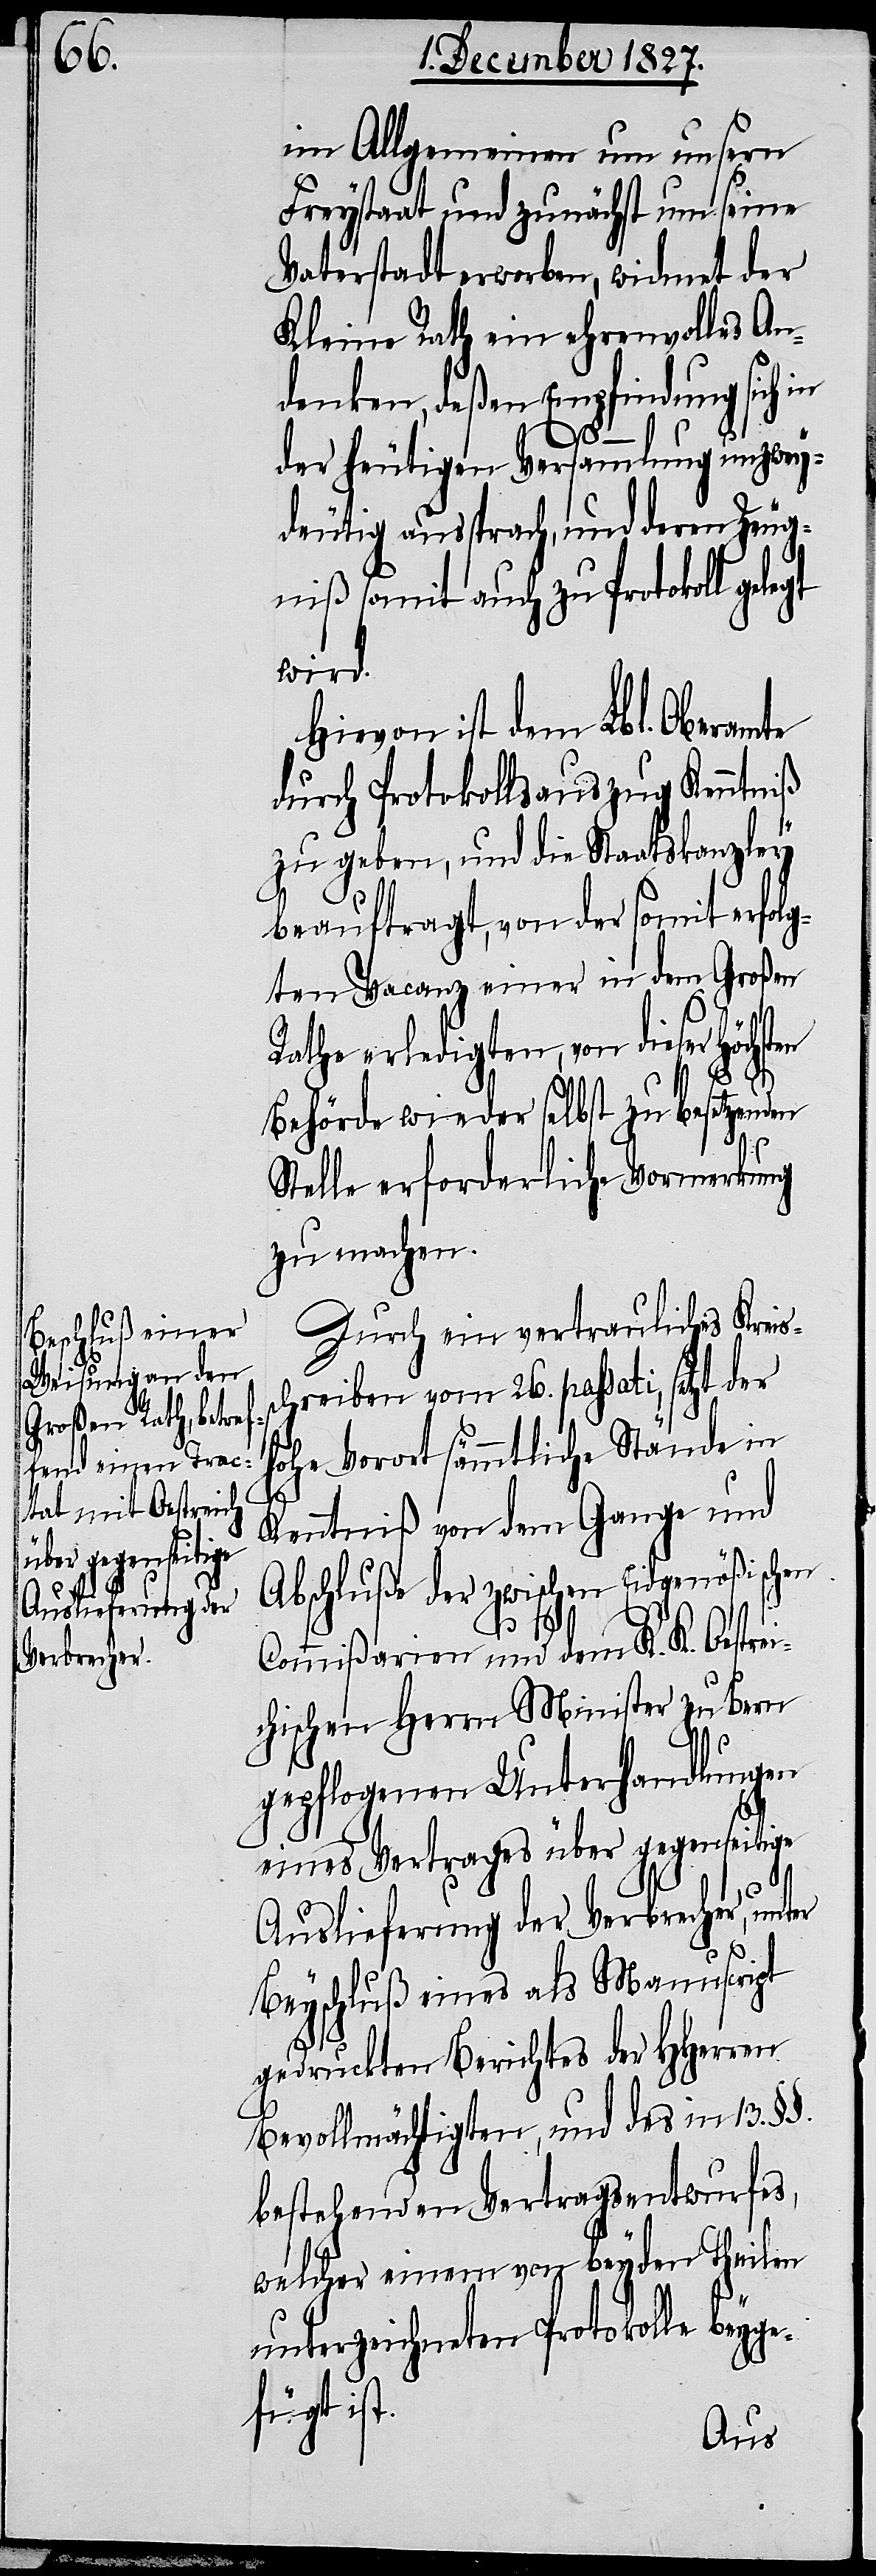
Auslieferung der
Verbrecher,

im Allgemeinen um unsern
Freystaat und zunächst um seine
Vaterstadt erworben, widmet der
Kleine Rath ein ehrenvolles An¬
denken, deßen Empfindung sich
s¬
der heutigen Versammlung unzwey¬
deutig aussprach, und deren Zeug¬
niß somit auch zu Protokoll gele¬
wird.
Hievon ist dem Lbl. Oberamt
durch Protokollsauszug Kenntniß
zu geben, und die Staatskanzley
gt
beauftragt, von der somit erfolg¬
ten Vacanz einer in dem Großen
Rathe erledigten, von dieser Höchst¬
en
Behörde wieder selbst zu besetzenden
Stelle erforderliche Vormerkung
zu machen.
Durch ein vertrauliches Kreis¬
chreiben vom 26. passati, setzt der
hohe Vorort sämmtliche Stände in
Kenntniß von dem Gange und
Abschluße der zwischen Eidgenößischen
Commißarien und dem K. K. Oestre¬
ichischen Herrn Minister zu Bern
gepflogenen Unterhandlungen
eines Vertrages über gegenseitige
Beyschluß eines als Manuscript
gedruckten Berichtes der HHerren
Bevollmächtigten, und des in 13. §§.
bestehenden Vertragsentwurfes,
welcher einem von beyden Theilen
unterzeichneten Protokolle beyge¬
fügt ist.